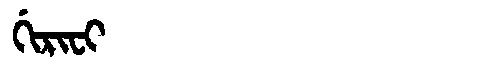
Manchu: ᡤᡳᡵᡳᠸᡳ
Romanization: GIRIFI